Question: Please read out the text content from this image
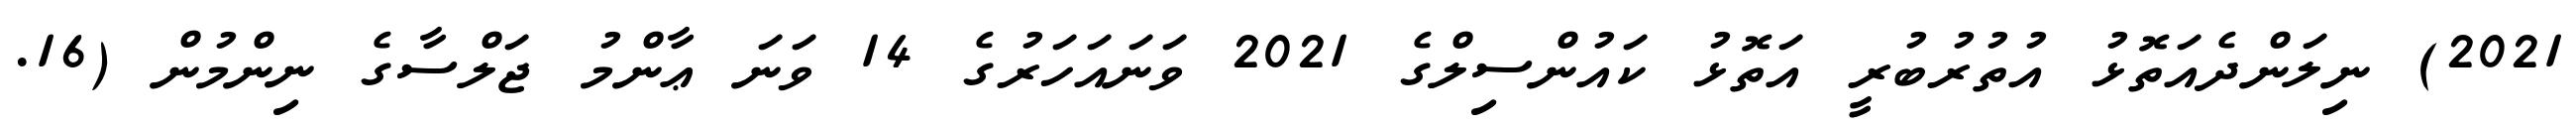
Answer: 2021) ނިލަންދެއަތޮޅު އުތުރުބުރީ އަތޮޅު ކައުންސިލްގެ 2021 ވަނައަހަރުގެ 14 ވަނަ ޢާންމު ޖަލްސާގެ ނިންމުން (16.